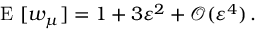
\mathrm { ~ E ~ } [ w _ { \mu } ] = 1 + 3 \varepsilon ^ { 2 } + \mathcal { O } ( \varepsilon ^ { 4 } ) \, .